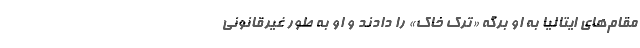
مقام‌های ایتالیا به او برگه «ترک خاک» را دادند و او به طور غیرقانونی